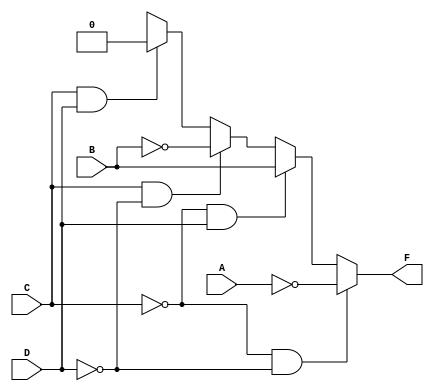
module q3b (
        output wire F,
        input wire A, B, C, D
    );

    wire An = ~A;
    wire Bn = ~B;

    always @(C or D)
    begin
        // Following binary order
        if ( C == 1'b0 && D == 1'b0) F = An;
        else if (C == 1'b0 && D == 1'b1) F = B;
        else if (C == 1'b1 && D == 1'b0) F = Bn;
        else if (C == 1'b1 && D == 1'b1) F = 0;
        else F = X;
    end

endmodule